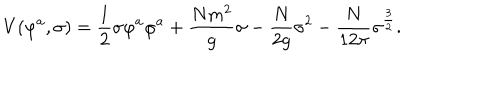
LaTeX: V ( \varphi ^ { a } , \sigma ) = { \frac { 1 } { 2 } } \sigma \varphi ^ { a } \varphi ^ { a } + { \frac { N m ^ { 2 } } { g } } \sigma - { \frac { N } { 2 g } } \sigma ^ { 2 } - { \frac { N } { 1 2 \pi } } \sigma ^ { \frac { 3 } { 2 } } .